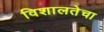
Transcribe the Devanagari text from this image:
विशालतेचा